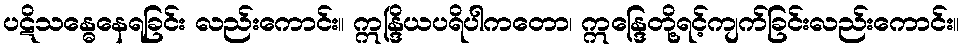
ပဋိသန္ဓေနေရခြင်း လည်းကောင်း။ ဣန္ဒြိယပရိပါကတော၊ ဣန္ဒြေတို့ရင့်ကျက်ခြင်းလည်းကောင်း။